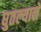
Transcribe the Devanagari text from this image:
घुतल्याने